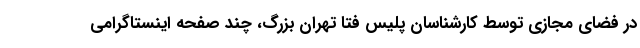
در فضای مجازی توسط کارشناسان پلیس فتا تهران بزرگ، چند صفحه اینستاگرامی